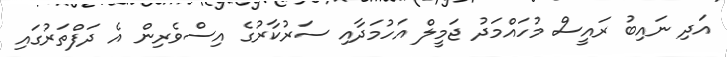
އަދި ނައިބު ރައީސް މުހައްމަދު ޖަމީލް އަހުމަދާއި ސަރުކާރުގެ އިސްވެރިން އެ ދަފްތަރުގައި